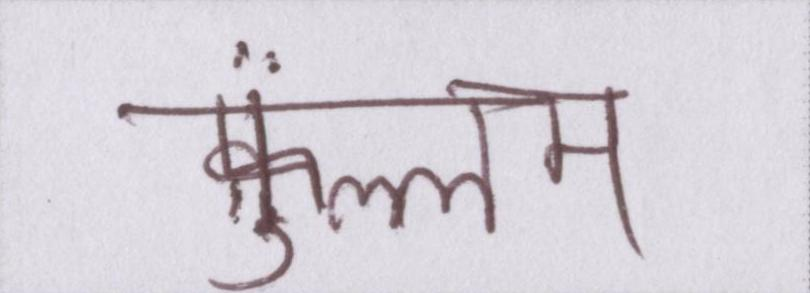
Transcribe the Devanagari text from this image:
फ़ुल्लम